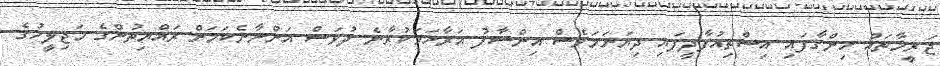
ޖަރީމާތައް ހިންގާފައި އިސްތިއުފާދީފައި ދިޔަނަމަވެސް އިންސާފު އަރާހަމަކުރާނެ ދުވަސް އަންނާނެކަމަށް ރައްޔިތުންގެ މަޖިލީހުގެ